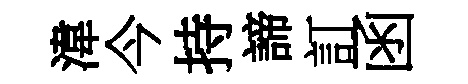
湋今持諦訂函